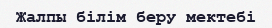
Жалпы білім беру мектебі